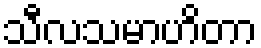
သီလသမာဟိတာ